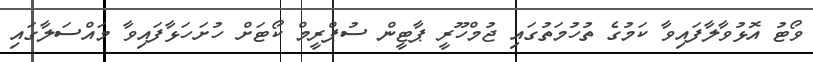
ވޯޓު އޮޅުވާލާފައިވާ ކަމުގެ ތުހުމަތުގައި ޖުމްހޫރީ ޕާޓީން ސުޕްރީމް ކޯޓަށް ހުށަހަޅާފައިވާ މައްސަލާގައި